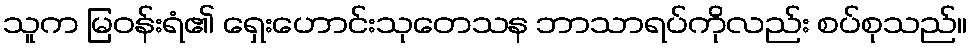
သူက မြဝန်းရံ၏ ရှေးဟောင်းသုတေသန ဘာသာရပ်ကိုလည်း စပ်စုသည်။